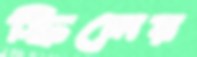
স্কিলের